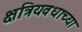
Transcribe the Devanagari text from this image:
क्षत्रियवधाच्या